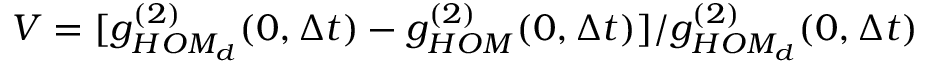
V = [ g _ { H O M _ { d } } ^ { ( 2 ) } ( 0 , \Delta t ) - g _ { H O M } ^ { ( 2 ) } ( 0 , \Delta t ) ] / g _ { H O M _ { d } } ^ { ( 2 ) } ( 0 , \Delta t )